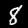
Digit: 8